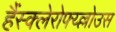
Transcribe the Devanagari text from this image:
हैंस्क्लेरोफ्य्ल्लोउस